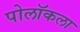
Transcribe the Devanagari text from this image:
पोलॉकला